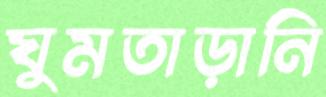
ঘুমতাড়ানি